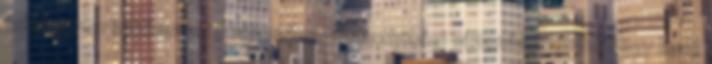
tekintetben bekövetkező változása. A mennyiségi változás jelentheti egy hang